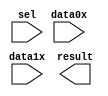
// megafunction wizard: %LPM_MUX%VBB%
// GENERATION: STANDARD
// VERSION: WM1.0
// MODULE: LPM_MUX 

// ============================================================
// Megafunction Name(s):
// 			LPM_MUX
//
// Simulation Library Files(s):
// 			lpm
// ============================================================
// ************************************************************
// THIS IS A WIZARD-GENERATED FILE. DO NOT EDIT THIS FILE!
//
// 13.1.0 Build 162 10/23/2013 SJ Full Version
// ************************************************************

//Copyright (C) 1991-2013 Altera Corporation
//Your use of Altera Corporation's design tools, logic functions 
//and other software and tools, and its AMPP partner logic 
//functions, and any output files from any of the foregoing 
//(including device programming or simulation files), and any 
//associated documentation or information are expressly subject 
//to the terms and conditions of the Altera Program License 
//Subscription Agreement, Altera MegaCore Function License 
//Agreement, or other applicable license agreement, including, 
//without limitation, that your use is for the sole purpose of 
//programming logic devices manufactured by Altera and sold by 
//Altera or its authorized distributors.  Please refer to the 
//applicable agreement for further details.

module lpm_mux047 (
	data0x,
	data1x,
	sel,
	result);

	input	[23:0]  data0x;
	input	[23:0]  data1x;
	input	  sel;
	output	[23:0]  result;

endmodule

// ============================================================
// CNX file retrieval info
// ============================================================
// Retrieval info: PRIVATE: INTENDED_DEVICE_FAMILY STRING "Cyclone V"
// Retrieval info: PRIVATE: SYNTH_WRAPPER_GEN_POSTFIX STRING "0"
// Retrieval info: PRIVATE: new_diagram STRING "1"
// Retrieval info: LIBRARY: lpm lpm.lpm_components.all
// Retrieval info: CONSTANT: LPM_SIZE NUMERIC "2"
// Retrieval info: CONSTANT: LPM_TYPE STRING "LPM_MUX"
// Retrieval info: CONSTANT: LPM_WIDTH NUMERIC "24"
// Retrieval info: CONSTANT: LPM_WIDTHS NUMERIC "1"
// Retrieval info: USED_PORT: data0x 0 0 24 0 INPUT NODEFVAL "data0x[23..0]"
// Retrieval info: USED_PORT: data1x 0 0 24 0 INPUT NODEFVAL "data1x[23..0]"
// Retrieval info: USED_PORT: result 0 0 24 0 OUTPUT NODEFVAL "result[23..0]"
// Retrieval info: USED_PORT: sel 0 0 0 0 INPUT NODEFVAL "sel"
// Retrieval info: CONNECT: @data 0 0 24 0 data0x 0 0 24 0
// Retrieval info: CONNECT: @data 0 0 24 24 data1x 0 0 24 0
// Retrieval info: CONNECT: @sel 0 0 1 0 sel 0 0 0 0
// Retrieval info: CONNECT: result 0 0 24 0 @result 0 0 24 0
// Retrieval info: GEN_FILE: TYPE_NORMAL lpm_mux047.v TRUE
// Retrieval info: GEN_FILE: TYPE_NORMAL lpm_mux047.inc FALSE
// Retrieval info: GEN_FILE: TYPE_NORMAL lpm_mux047.cmp FALSE
// Retrieval info: GEN_FILE: TYPE_NORMAL lpm_mux047.bsf TRUE
// Retrieval info: GEN_FILE: TYPE_NORMAL lpm_mux047_inst.v FALSE
// Retrieval info: GEN_FILE: TYPE_NORMAL lpm_mux047_bb.v TRUE
// Retrieval info: LIB_FILE: lpm